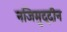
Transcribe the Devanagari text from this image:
नजिमुद्दीन